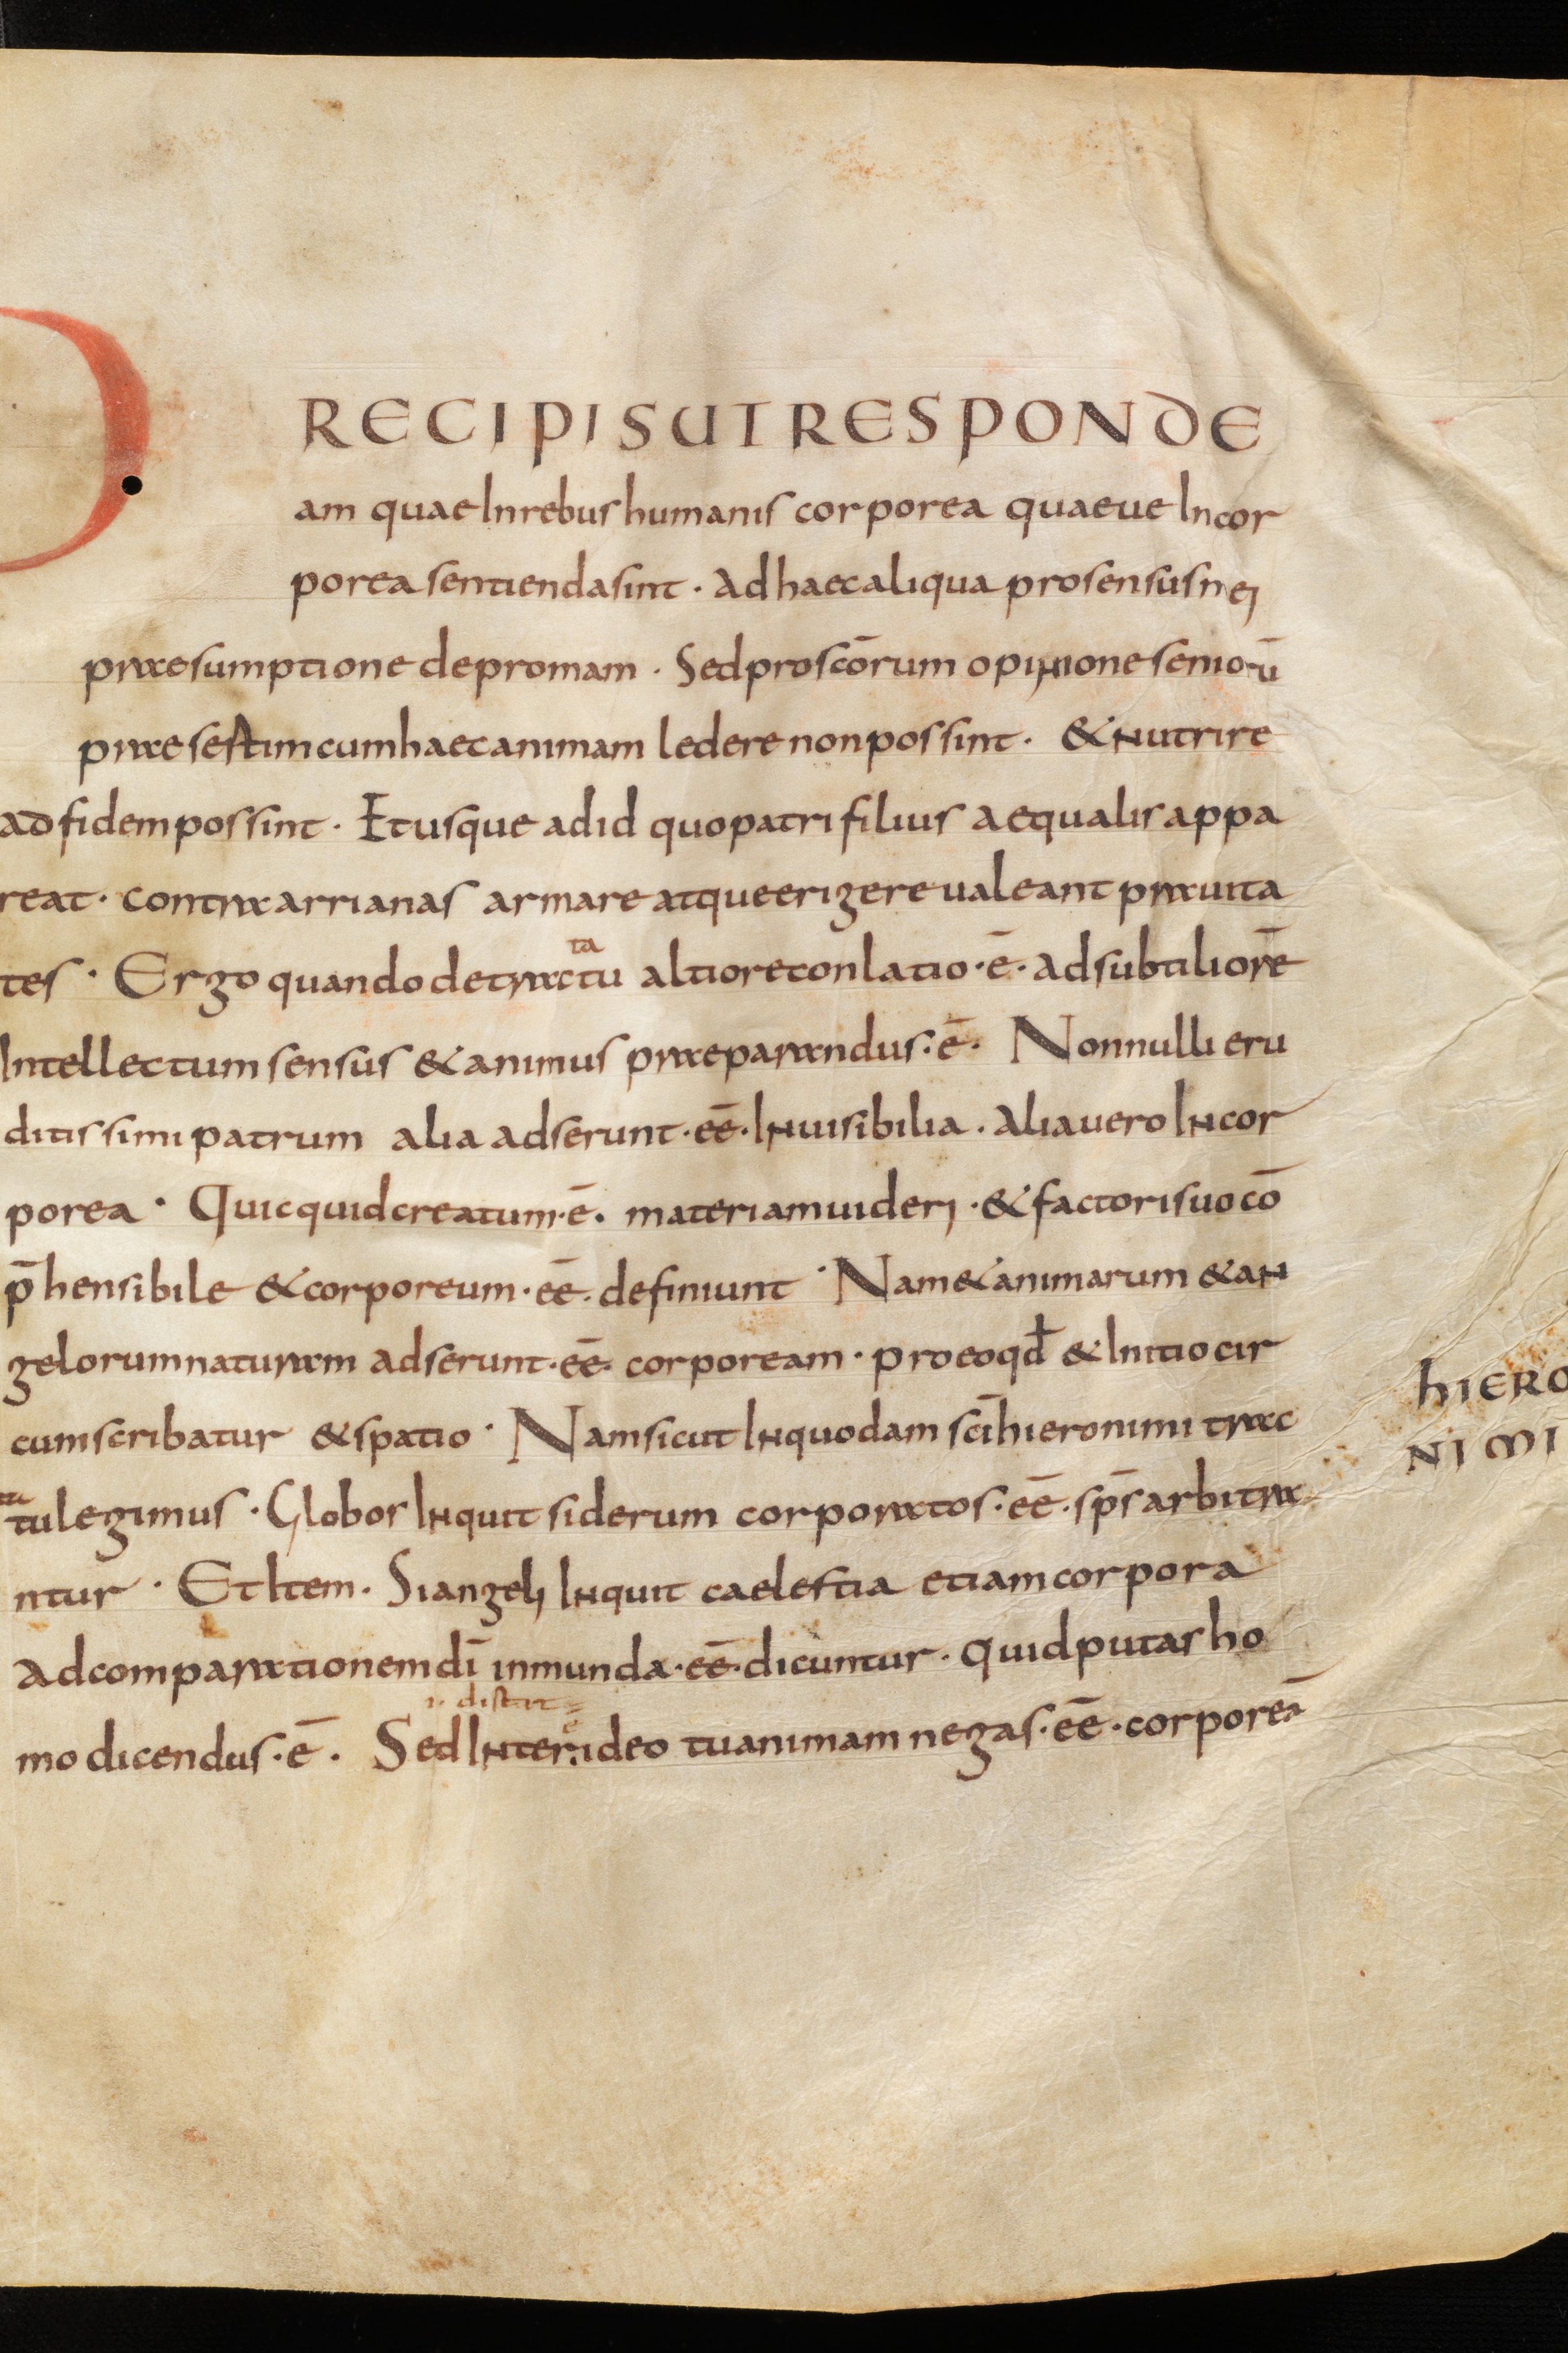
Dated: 850–874